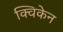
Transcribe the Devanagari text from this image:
क्विकेन